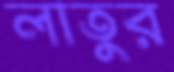
লাতুর